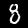
Label: 8